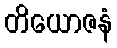
တိယောဇနံ